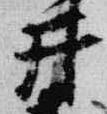
井